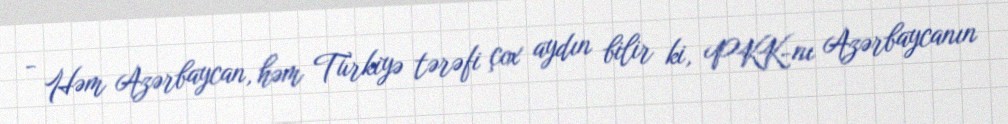
- Həm Azərbaycan, həm Türkiyə tərəfi çox aydın bilir ki, PKK-nı Azərbaycanın